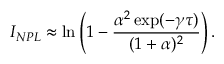
I _ { N P L } \approx \ln \left( 1 - \frac { \alpha ^ { 2 } \exp ( - \gamma \tau ) } { ( 1 + \alpha ) ^ { 2 } } \right) .